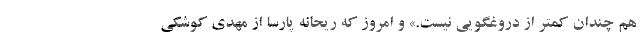
هم چندان کمتر از دروغگویی نیست.» و امروز که ریحانه پارسا از مهدی کوشکی